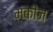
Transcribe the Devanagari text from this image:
मंकीज